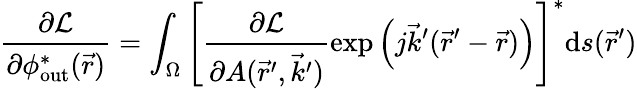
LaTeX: \frac{\partial\mathcal{L}}{\partial\phi_{\mathrm{out}}^{*}(\vec{r})}=\int_{\Omega}\left[\frac{\partial\mathcal{L}}{\partial A(\vec{r}^{\prime},\vec{k}^{\prime})}\exp{\left(j\vec{k}^{\prime}(\vec{r}^{\prime}-\vec{r})\right)}\right]^{*}\mathrm{d}s(\vec{r}^{\prime})